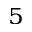
^ 5